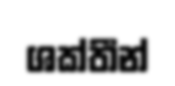
ශක්තීන්